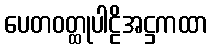
ပေတဝတ္ထုပါဠိအဋ္ဌကထာ